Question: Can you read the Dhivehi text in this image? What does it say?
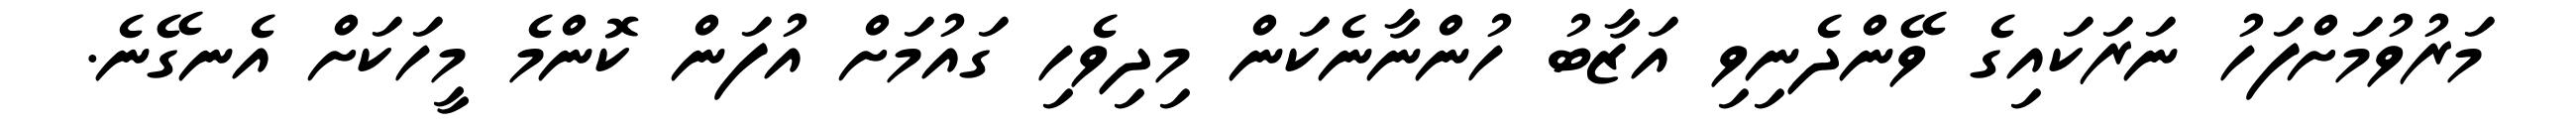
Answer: މަރުވުމަށްފަހު ނަރަކައިގެ ވޭންދެނިވި އަޒާބު ހުންނާނެކަން މިދިވެހި ގައުމަށް އުފަން ކޮންމެ މީހަކަށް އެނގޭނެ.